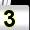
Digit: 3